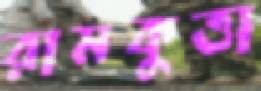
রামকুত্তা